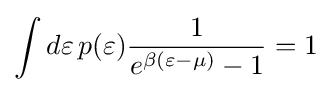
\int d\varepsilon \,p(\varepsilon ){\frac {1}{e^{\beta (\varepsilon -\mu )}-1}}=1